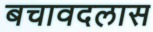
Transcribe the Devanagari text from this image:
बचावदलास